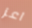
اعز